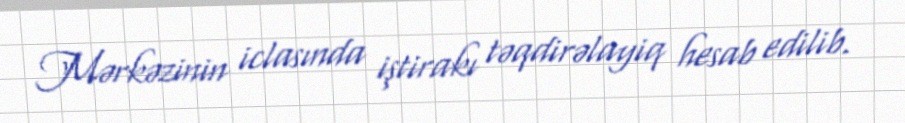
Mərkəzinin iclasında iştirakı təqdirəlayiq hesab edilib.